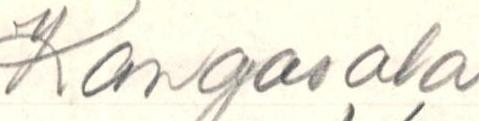
Kangasala